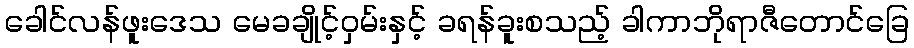
ခေါင်လန်ဖူးဒေသ မေခချိုင့်ဝှမ်းနှင့် ခရန်ခူးစသည့် ခါကာဘိုရာဇီတောင်ခြေ